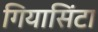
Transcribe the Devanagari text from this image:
गियासिंटा